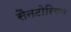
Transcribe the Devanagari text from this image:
सैनटोरियम